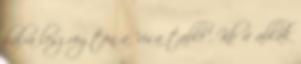
balra lesz rögtön a "visa table". Kb 4 ablak